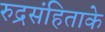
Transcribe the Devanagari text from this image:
रुद्रसंहिताके